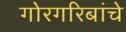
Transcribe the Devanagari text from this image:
गोरगरिबांचे